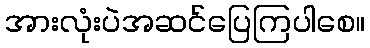
အားလုံးပဲအဆင်ပြေကြပါစေ။